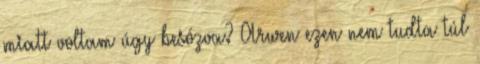
miatt voltam úgy besózva? Arwen ezen nem tudta túl